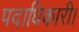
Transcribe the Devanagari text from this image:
पदाधिकारी।